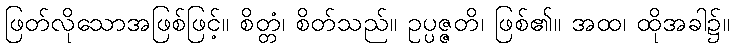
ဖြတ်လိုသောအဖြစ်ဖြင့်။ စိတ္တံ၊ စိတ်သည်။ ဥပ္ပဇ္ဇတိ၊ ဖြစ်၏။ အထ၊ ထိုအခါ၌။